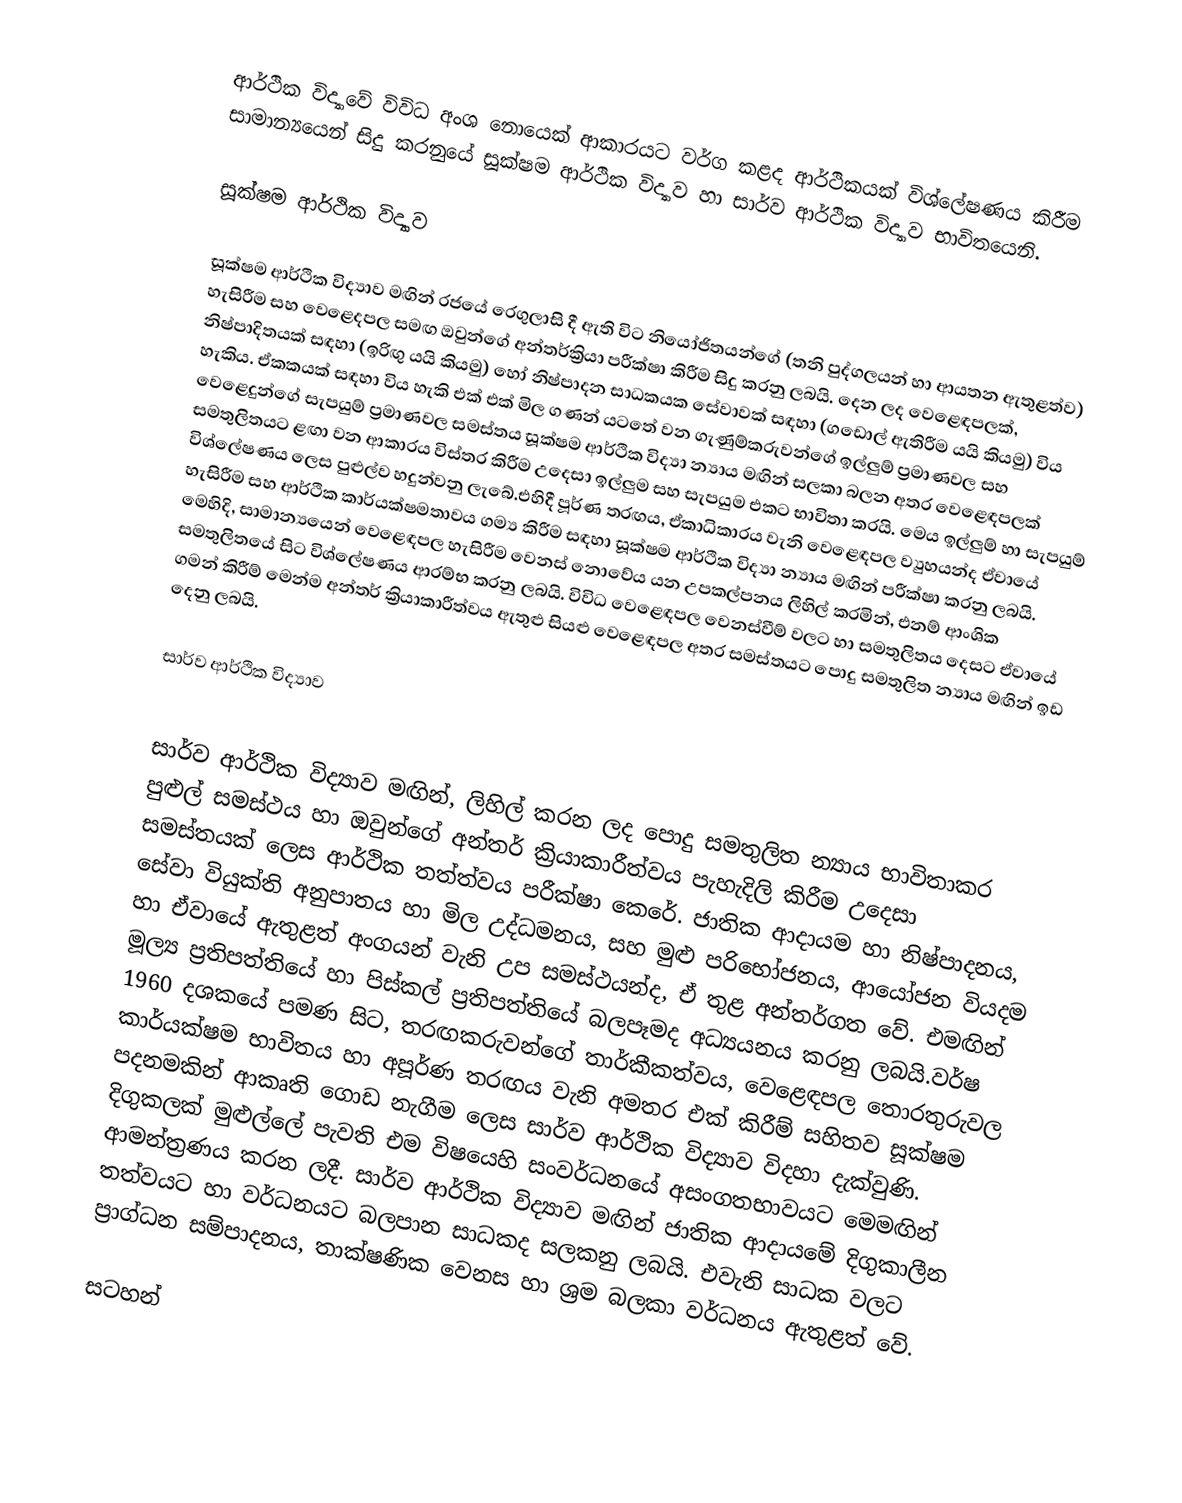
ආර්ථික විද්‍යාවේ විවිධ අංශ නොයෙක් ආකාරයට වර්ග කළද ආර්ථිකයක් විශ්ලේෂණය කිරීම සාමාන්‍යයෙන් සිදු කරනුයේ සූක්ෂම ආර්ථික විද්‍යාව හා සාර්ව ආර්ථික විද්‍යාව භාවිතයෙනි.

සූක්ෂම ආර්ථික විද්‍යාව

සූක්ෂම ආර්ථික විද්‍යාව මඟින් රජයේ රෙගුලාසි දී ඇති විට නියෝජිතයන්ගේ (තනි පුද්ගලයන් හා ආයතන ඇතුළත්ව) හැසිරීම සහ වෙළෙදපල සමඟ ඔවුන්ගේ අන්තර්ක්‍රියා පරීක්ෂා කිරීම සිදු කරනු ලබයි. දෙන ලද වෙළෙඳපලක්, නිෂ්පාදිතයක් සඳහා (ඉරිඟු යයි කියමු) හෝ නිෂ්පාදන සාධකයක සේවාවක් සඳහා (ගඩොල් ඇතිරීම යයි කියමු) විය හැකිය. ඒකකයක් සඳහා විය හැකි එක් එක් මිල ගණන් යටතේ වන ගැණුම්කරුවන්ගේ ඉල්ලුම් ප්‍රමාණවල සහ වෙළෙදුන්ගේ සැපයුම් ප්‍රමාණවල සමස්තය සූක්ෂම ආර්ථික විද්‍යා න්‍යාය මඟින් සලකා බලන අතර වෙළෙඳපලක් සමතුලිතයට ළඟා වන ආකාරය විස්තර කිරීම උදෙසා ඉල්ලුම සහ සැපයුම එකට භාවිතා කරයි. මෙය ඉල්ලුම් හා සැපයුම් විශ්ලේෂණය ලෙස පුළුල්ව හදුන්වනු ලැබේ.එහිදී පූර්ණ තරඟය, ඒකාධිකාරය වැනි වෙළෙඳපල ව්‍යුහයන්ද ඒවායේ හැසිරීම සහ ආර්ථික කාර්යක්ෂමතාවය ගම්‍ය කිරීම සඳහා සූක්ෂම ආර්ථික විද්‍යා න්‍යාය මඟින් පරීක්ෂා කරනු ලබයි. මෙහිදි, සාමාන්‍යයෙන් වෙළෙඳපල හැසිරීම වෙනස් නොවේය යන උපකල්පනය ලිහිල් කරමින්, එනම් ආංශික සමතුලිතයේ සිට විශ්ලේෂණය ආරම්භ කරනු ලබයි. විවිධ වෙළෙඳපල වෙනස්වීම් වලට හා සමතුලිතය දෙසට ඒවායේ ගමන් කිරීම් මෙන්ම අන්තර් ක්‍රියාකාරීත්වය ඇතුළු සියළු වෙළෙඳපල අතර සමස්තයට පොදු සමතුලිත න්‍යාය මඟින් ඉඩ දෙනු ලබයි.

සාර්ව ආර්ථික විද්‍යාව

සාර්ව ආර්ථික විද්‍යාව මඟින්, ලිහිල් කරන ලද පොදු සමතුලිත න්‍යාය භාවිතාකර පුළුල් සමස්ථය හා ඔවුන්ගේ අන්තර් ක්‍රියාකාරීත්වය පැහැදිලි කිරීම උදෙසා සමස්තයක් ලෙස ආර්ථික තත්ත්වය පරීක්ෂා කෙරේ. ජාතික ආදායම හා නිෂ්පාදනය, සේවා වියුක්ති අනුපාතය හා මිල උද්ධමනය, සහ මුළු පරිභෝජනය, ආයෝජන වියදම හා ඒවායේ ඇතුළත් අංගයන් වැනි උප සමස්ථයන්ද, ඒ තුළ අන්තර්ගත වේ. එමඟින් මූල්‍ය ප්‍රතිපත්තියේ හා පිස්කල් ප්‍රතිපත්තියේ බලපෑමද අධ්‍යයනය කරනු ලබයි.වර්ෂ 1960 දශකයේ පමණ සිට, තරඟකරුවන්ගේ තාර්කීකත්වය, වෙළෙඳපල තොරතුරුවල කාර්යක්ෂම භාවිතය හා අපූර්ණ තරඟය වැනි අමතර එක් කිරීම් සහිතව සූක්ෂම පදනමකින් ආකෘති ගොඩ නැගීම ලෙස සාර්ව ආර්ථික විද්‍යාව විදහා දැක්වුණි. දිගුකලක් මුළුල්ලේ පැවති එම විෂයෙහි සංවර්ධනයේ අසංගතභාවයට මෙමඟින් ආමන්ත්‍රණය කරන ලදී. සාර්ව ආර්ථික විද්‍යාව මඟින් ජාතික ආදායමේ දිගුකාලීන තත්වයට හා වර්ධනයට බලපාන සාධකද සලකනු ලබයි. එවැනි සාධක වලට ප්‍රාග්ධන සම්පාදනය, තාක්ෂණික වෙනස හා ශ්‍රම බලකා වර්ධනය ඇතුළත් වේ.

සටහන්